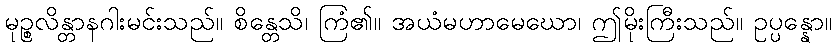
မုဉ္စလိန္တာနဂါးမင်းသည်။ စိန္တေသိ၊ ကြံ၏။ အယံမဟာမေဃော၊ ဤမိုးကြီးသည်။ ဥပ္ပန္နော။